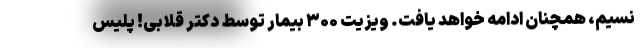
نسیم، همچنان ادامه خواهد یافت. ویزیت ۳۰۰ بیمار توسط دکتر قلابی! پلیس